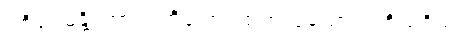
ဝဇိရုပမန္တိ၊ ကား။ တိခဏံ၊ ထက်လှသော။ ဝဇိသဒိသံ၊